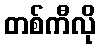
တစ်ကီလို